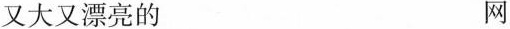
又大又漂亮的 网